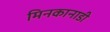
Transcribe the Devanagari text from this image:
मिनकानाडी